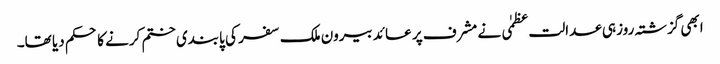
ابھی گزشتہ روز ہی عدالت عظمٰی نے مشرف پر عائد بیرون ملک سفر کی پابندی ختم کرنے کا حکم دیا تھا۔